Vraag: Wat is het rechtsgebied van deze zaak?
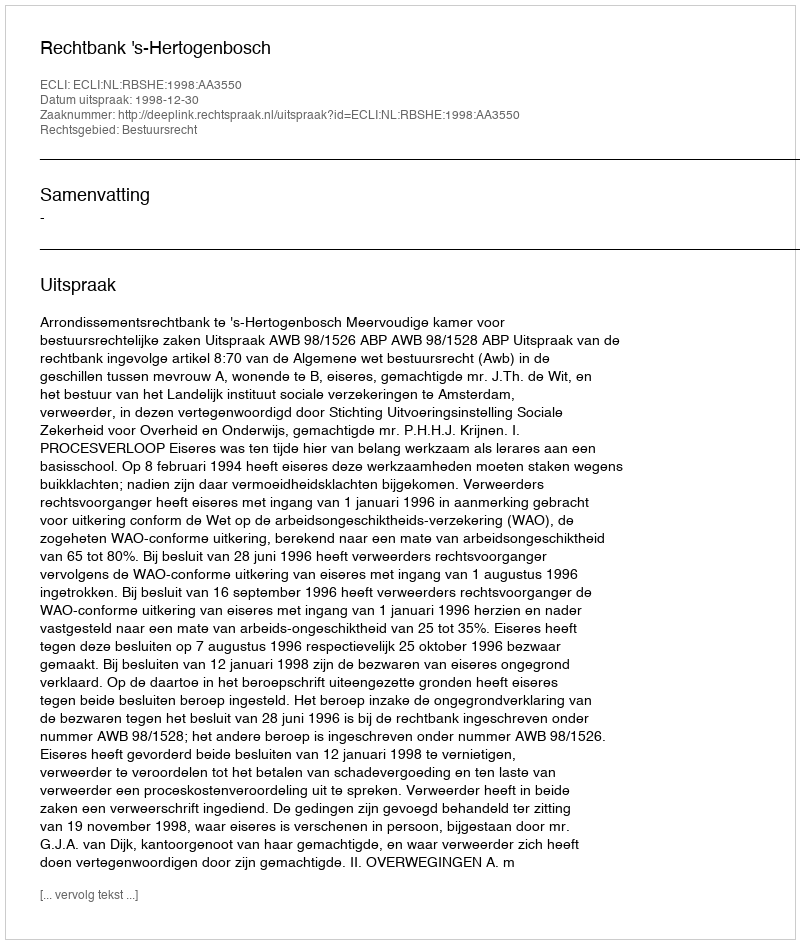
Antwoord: Bestuursrecht